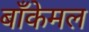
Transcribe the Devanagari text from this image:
बाँकेमल